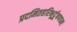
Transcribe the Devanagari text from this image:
प्रदमितहरिभूर्दूषणघ्नः